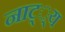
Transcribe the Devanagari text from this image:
नाट््य